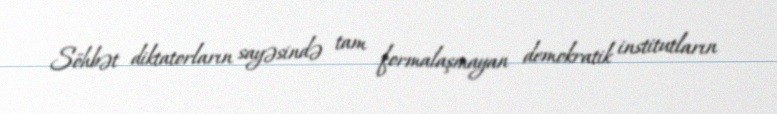
Söhbət diktatorların sayəsində tam formalaşmayan demokratik institutların